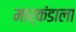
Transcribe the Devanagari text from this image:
मार्कंडाला